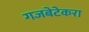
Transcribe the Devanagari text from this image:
गजबेटेकरा